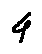
4